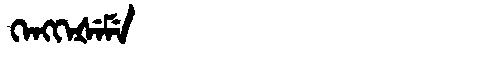
Manchu: ᡴᡝᠩᡴᡝᡧᡝᠮᡝ
Romanization: KENGKEŠEME